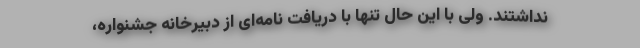
نداشتند. ولی با این حال تنها با دریافت نامه‌ای از دبیرخانه جشنواره،